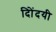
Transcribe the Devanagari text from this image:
दिोंदयी